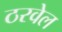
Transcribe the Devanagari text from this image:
ठरवेल